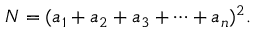
N = ( a _ { 1 } + a _ { 2 } + a _ { 3 } + \dotsb + a _ { n } ) ^ { 2 } .